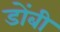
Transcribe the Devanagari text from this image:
डोंबी